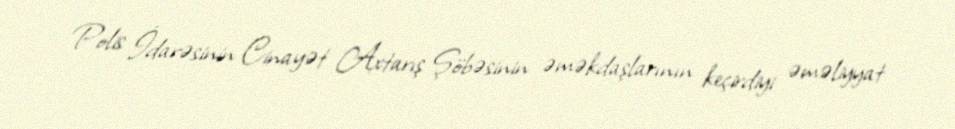
Polis İdarəsinin Cinayət Axtarış Şöbəsinin əməkdaşlarının keçirdiyi əməliyyat